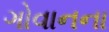
ગોવાનના